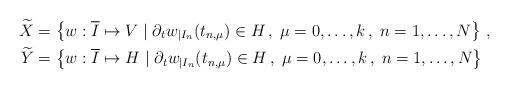
LaTeX: \begin{align*} \begin{aligned}\widetilde X & = \left\{w : \overline I \mapsto V \mid \partial_t w_{| I_n} (t_{n,\mu}) \in H\,,\; \mu = 0,\ldots,k\,, \; n=1,\ldots ,N \right\}\,,\\\widetilde Y & = \left\{w : \overline I \mapsto H \mid \partial_t w_{| I_n} (t_{n,\mu}) \in H\,,\; \mu = 0,\ldots,k\,, \; n=1,\ldots ,N \right\}\end{aligned}\end{align*}